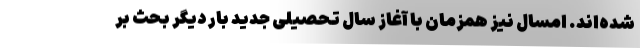
شده‌اند. امسال نیز همزمان با آغاز سال تحصیلی جدید بار دیگر بحث بر